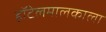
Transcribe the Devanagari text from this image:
हॉटेलमालकाला